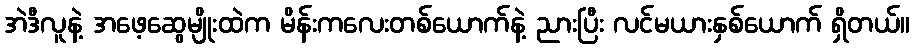
အဲဒီလူနဲ့ အဖေ့ဆွေမျိုးထဲက မိန်းကလေးတစ်ယောက်နဲ့ ညားပြီး လင်မယားနှစ်ယောက် ရှိတယ်။